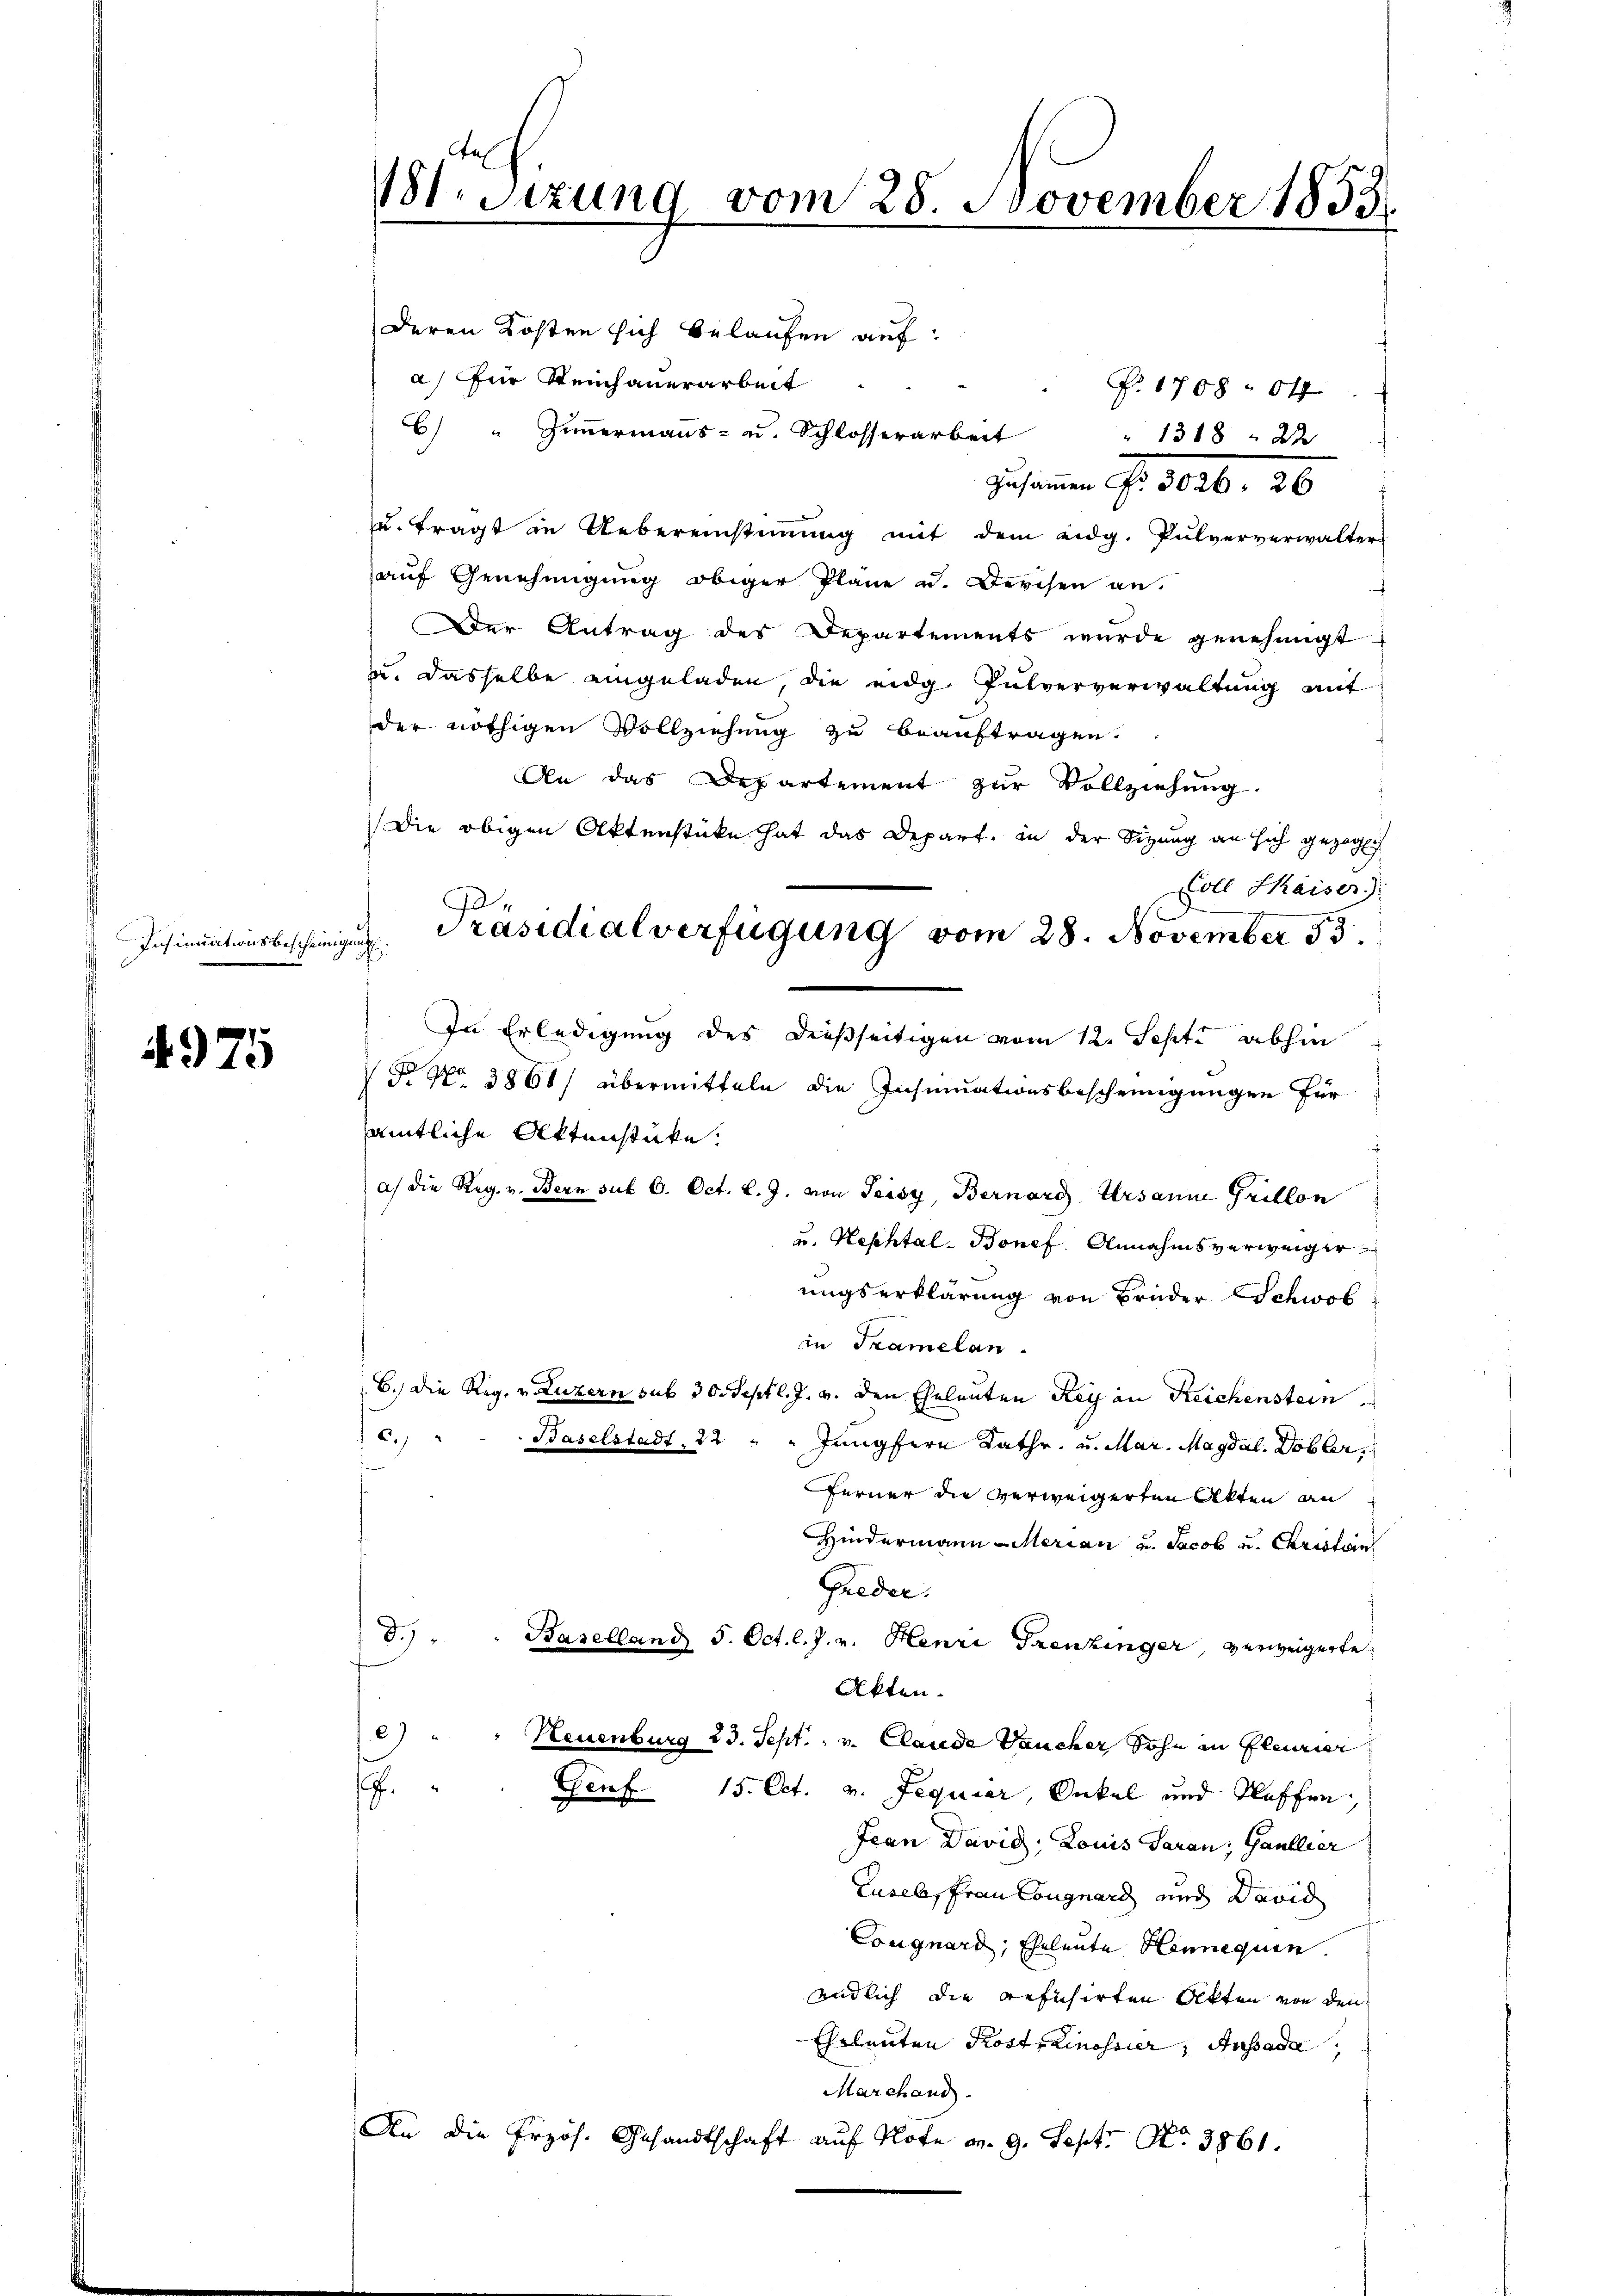
11. Sitzung vom 28. November 1853.

deren Kosten sich belaufen auf:
a) für Reinhauerarbeit
Fr. 1708 ff
1318 22
Zusammen S. 1026. 26
u. tragt in Uebereinstimmung mit dem eidg. Pulververwalter-
auf Genehmigung obiger Pläne u. Derchen an.
Der Antrag des Departements wurde genehmigt
u. dasselbe eingeladen, die eidg. Pulververwaltung mit
der nöthigen Vollziehung zu beauftragen.
An das Departement zur Vollziehung
Die obigen Aktenstücke hat das Depart. in der Sizung an sich gezoglich
Coll Kaiser
¬
h
In Erledigung des dießseitigen vom 12. Sept. abhin
 No 3861/ übermitteln die Insinuationsbescheinigungen für
sämtliche Aktenstüke:
a) die Reg. v. Bern sub 6. Oct. l. J. von Seisy, Bernard Ursanne Grillon
u. Hephtal-Bonef. Annahmsverweiger
ungserklärung von Brüder schwes
in Tramelan
6.) Die Reg. v. Luzern sub 30. Sept l. J. v. den Eheleuten Rey an Reichenstein
6.)
Baselstadt, 22 " " Jungfern Kathr- u. Mar. Magdal. Dobler,
Ferner die verweigerten Akten an
Hindermann Merian u. Jacob u. Christun
Grede.
d).
Baselland 5. Oct. l. J. v. Henri Trenkinger, verweigerte
Akten.
2)
Neuenburg 23. Sept. v. Claude aucher Sohn in fleurier
.
Genf 15. Oct. v. Jequier, Onkel und Klaffen,
Jean David; Louis Garan, Gaullier
Luselsfrau Congnard und David
Congnard, Eheleute Hennequen.
endlich die refihirten Akten von den
Eheleuten Trostrainossier, Insade
Marchaus.
An die Przos. Gesandtschaft auf Note v. 9. Sept No. 3861.

C) " Zimmermanns- u. Schlosserarbeit

Präsidialverfügung vom 28. November 55.

Insinuationsbescheinige

4975